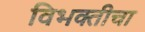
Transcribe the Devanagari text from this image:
विभक्तीचा